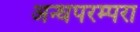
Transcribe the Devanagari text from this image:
अन्धपरम्परा